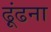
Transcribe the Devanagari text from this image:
ढ़ूंढना